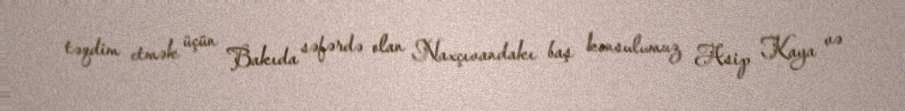
təqdim etmək üçün Bakıda səfərdə olan Naxçıvandakı baş konsulumuz Asip Kaya və